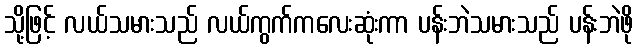
သို့ဖြင့် လယ်သမားသည် လယ်ကွက်ကလေးဆုံးကာ ပန်းဘဲသမားသည် ပန်းဘဲဖို